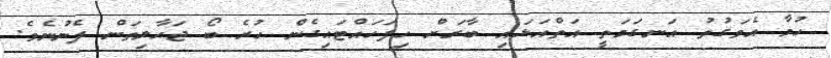
ހުމާ އެވަގުތު އަނގަމަތީ އަތްއަޅައި ބާރަށް ހިފަހައްޓައިގެން ހުރެ ބޯ ޖަހާލިތަން ފެނުނެވެ.